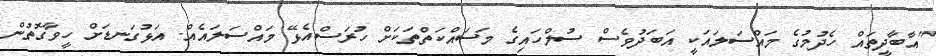
"އާބާދީތައް ހެދުމުގެ މައްސަލައަކީ އަބަދުވެސް ސުލްހައިގެ މަސައްކަތްތަކަށް ހުރަސްއެޅޭ މައްސަލައެއް. އަޅުގަނޑަށް ހީވާގޮތުން